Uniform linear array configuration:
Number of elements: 32
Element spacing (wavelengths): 0.75
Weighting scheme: blackman
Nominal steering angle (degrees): -30
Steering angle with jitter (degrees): -30.115
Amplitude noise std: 0.05
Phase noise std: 0.05

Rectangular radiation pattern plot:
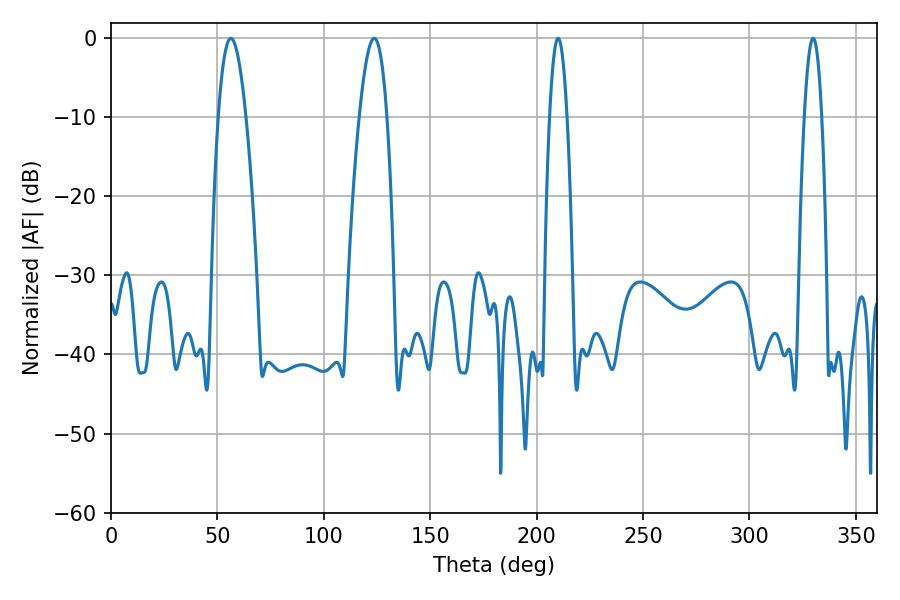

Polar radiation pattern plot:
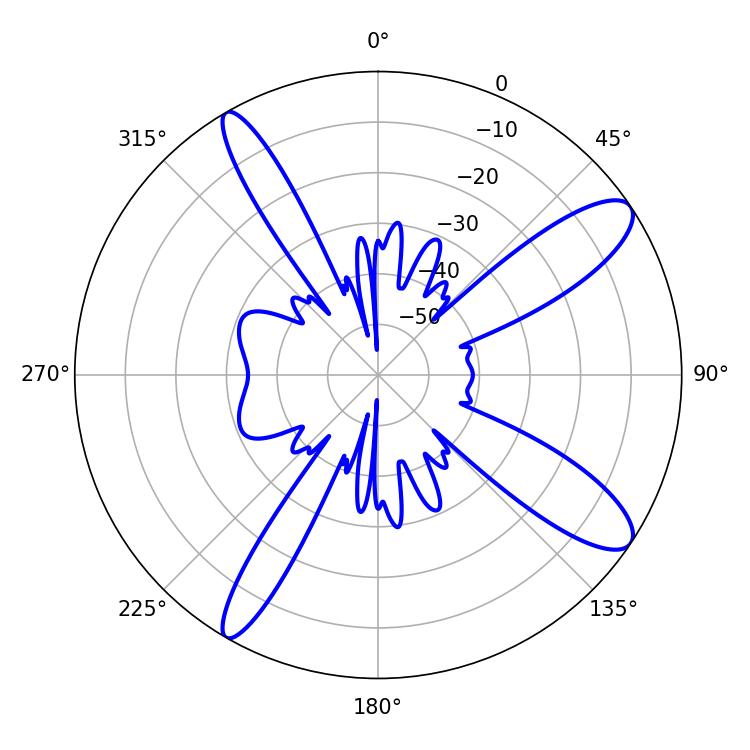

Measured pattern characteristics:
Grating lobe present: TRUE
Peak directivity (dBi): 11.609
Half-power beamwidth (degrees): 7.2
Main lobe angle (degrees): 56.34